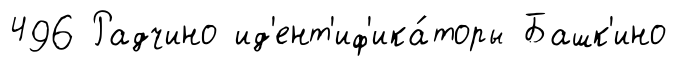
496 Радчино ид'ент'иф'ика́торы Башк'ино